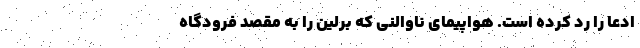
ادعا را رد کرده است. هواپیمای ناوالنی که برلین را به مقصد فرودگاه